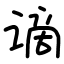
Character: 谪